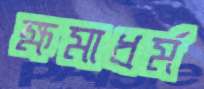
ক্ষমাধর্ম